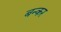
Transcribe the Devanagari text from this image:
बन्कर